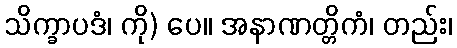
သိက္ခာပဒံ၊ ကို) ပေ။ အနာဏတ္တိကံ၊ တည်း၊